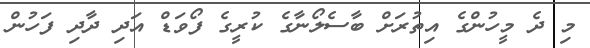
މި ދެ މީހުންގެ އިތުރަށް ބާސެލޯނާގެ ކުރީގެ ފޯވަޑް އަދި ދާދި ފަހުން